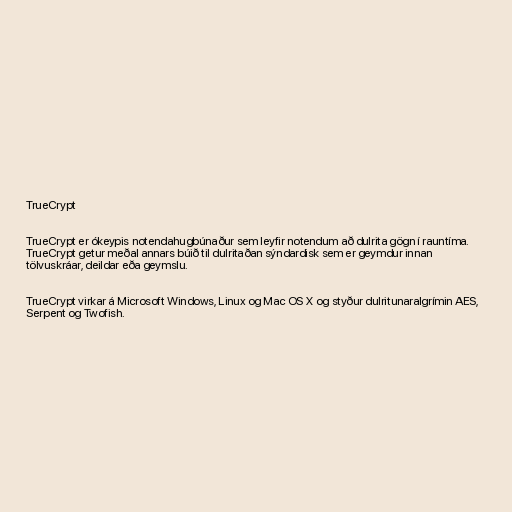
TrueCrypt

TrueCrypt er ókeypis notendahugbúnaður sem leyfir notendum að dulrita gögn í rauntíma.
TrueCrypt getur meðal annars búið til dulritaðan sýndardisk sem er geymdur innan
tölvuskráar, deildar eða geymslu.

TrueCrypt virkar á Microsoft Windows, Linux og Mac OS X og styður dulritunaralgrímin AES,
Serpent og Twofish.